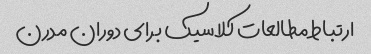
ارتباط مطالعات کلاسیک برای دوران مدرن